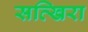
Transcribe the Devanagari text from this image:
सत्खिरा